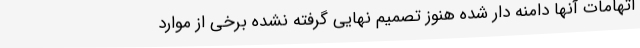
اتهامات آنها دامنه دار شده هنوز تصمیم نهایی گرفته نشده برخی از موارد